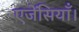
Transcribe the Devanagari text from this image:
एजेंसियाँ।